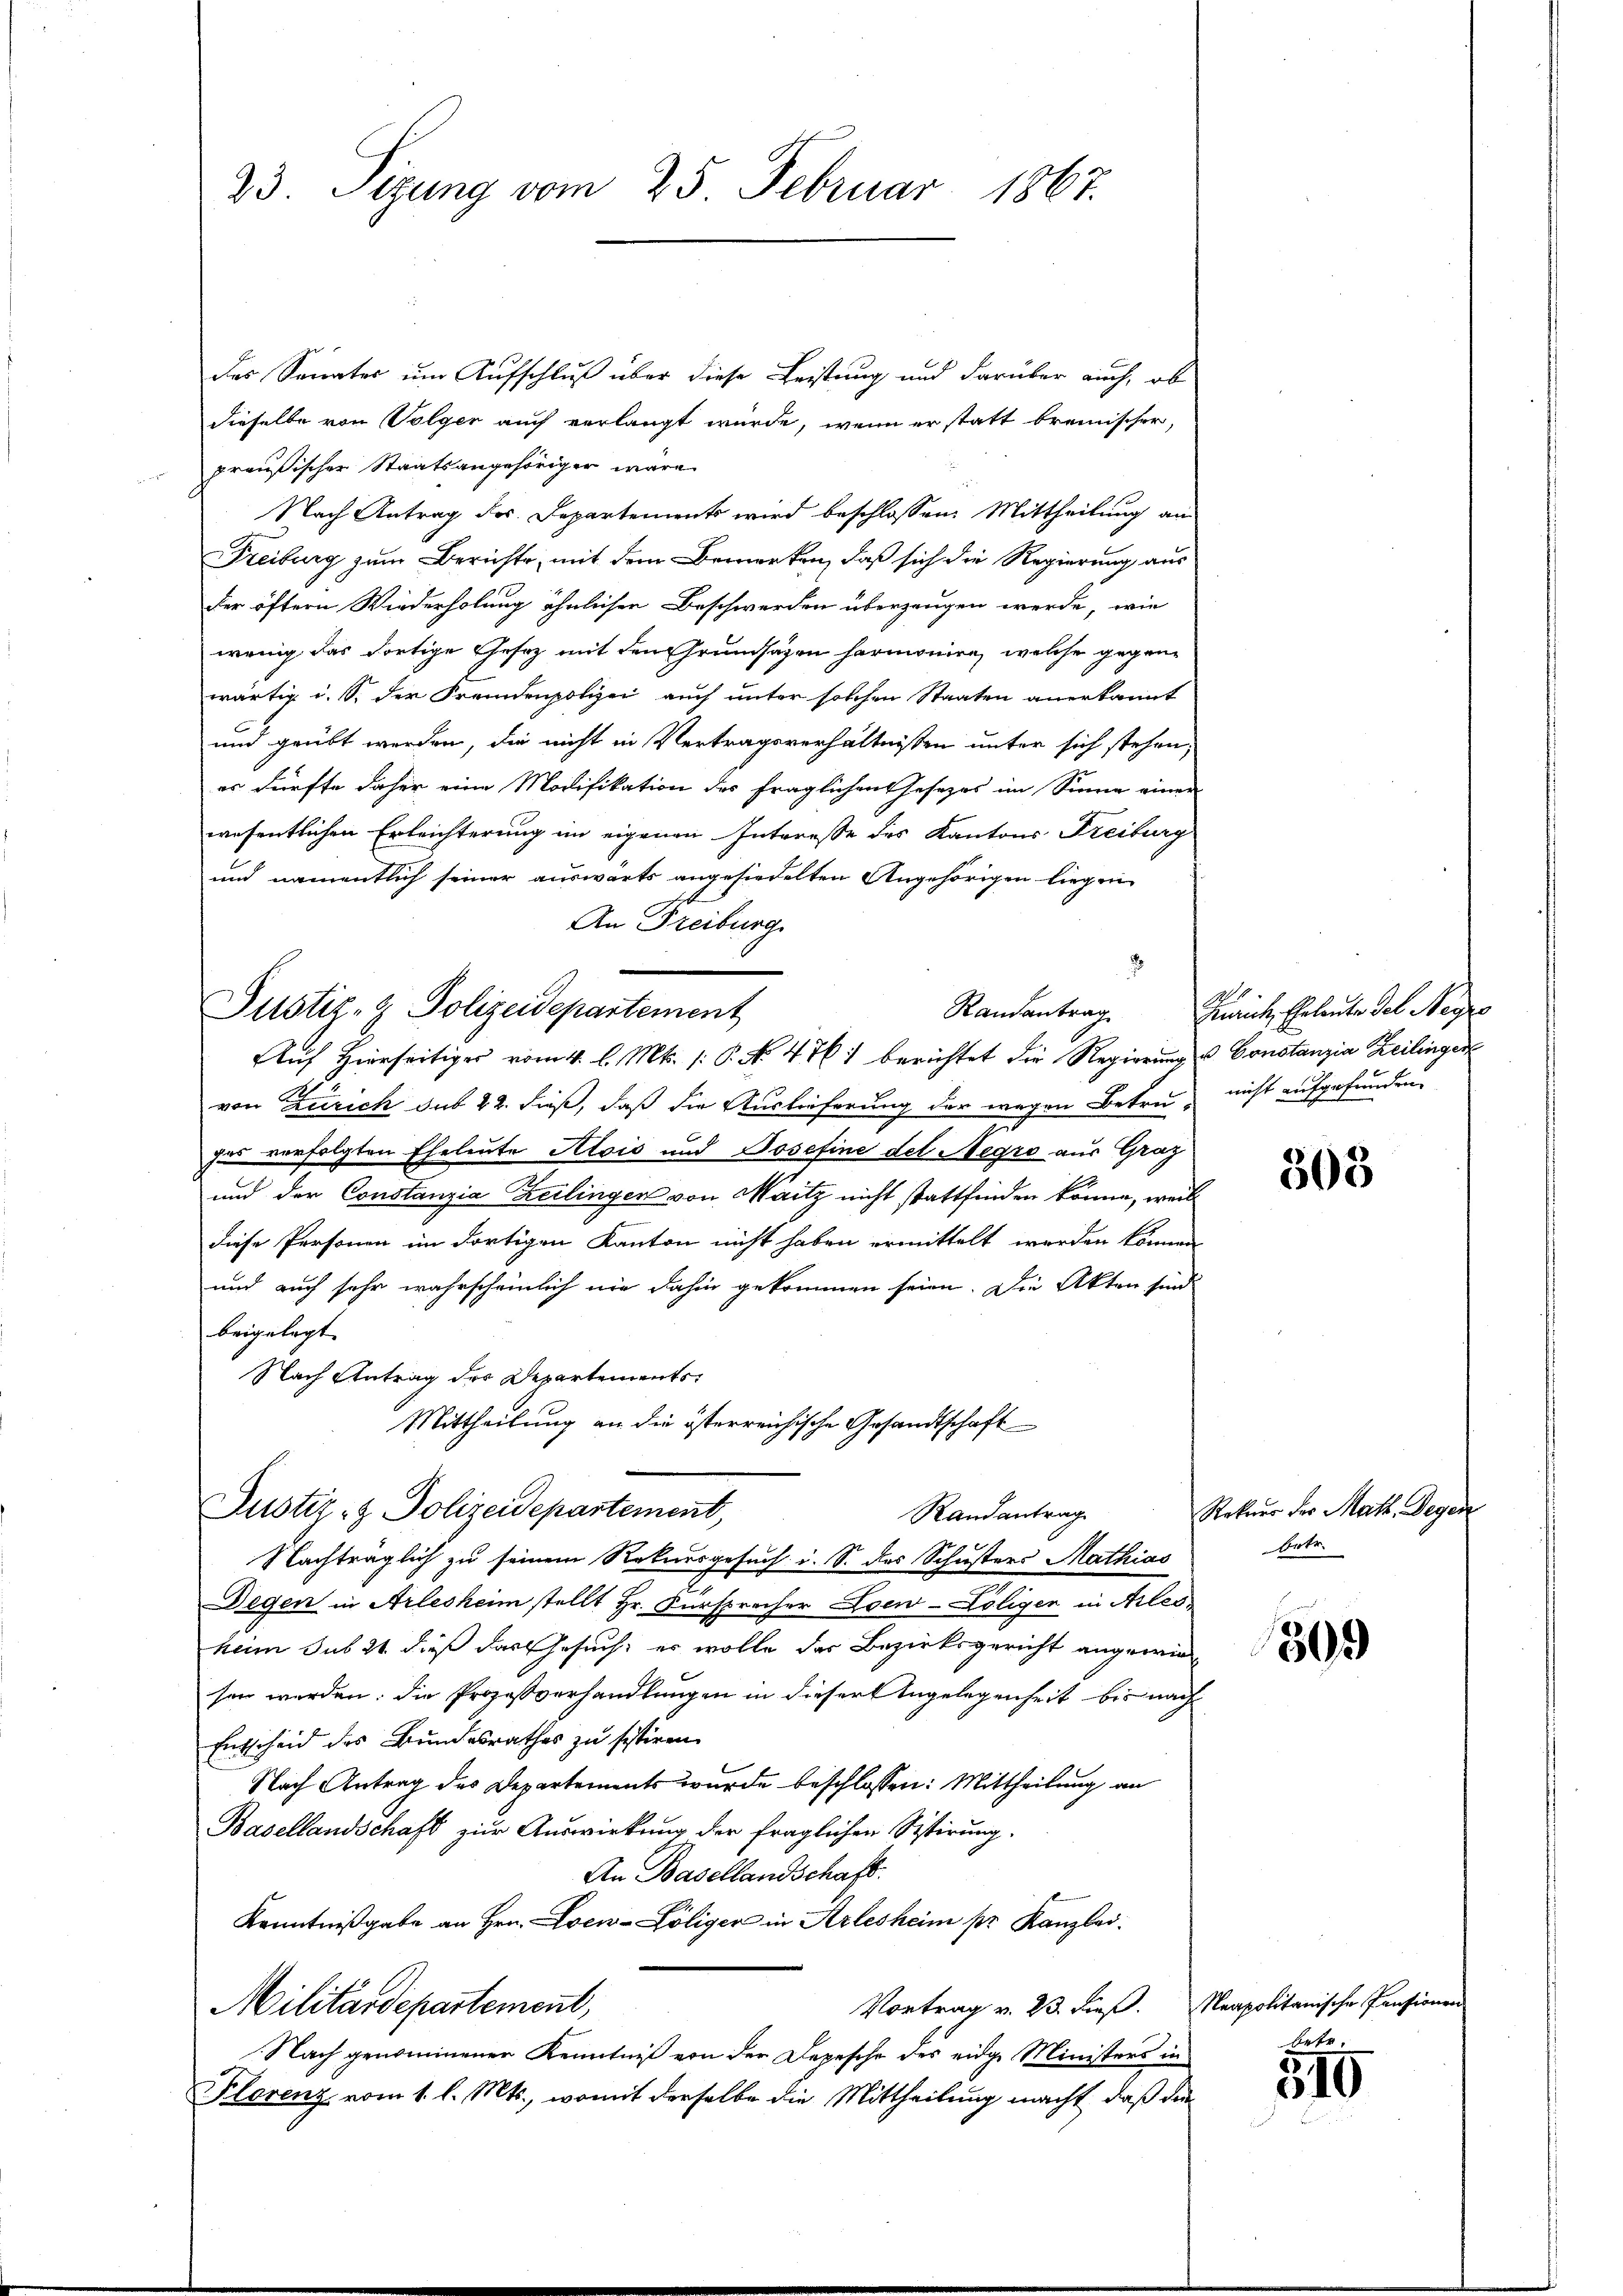
23 Sizung vom 25. Februar 1867.

das Senates um Aufschluß über diese Leistung und darüber auch, ob
dieselbe von Volger auch verlangt wurde, wenn er statt brennischer,
preußischer Staatsangehöriger wäre
Nach Antrag des Departements wird beschlossen: Mittheilung an
Freiburg zum Berichte, mit dem Bemerken, daß sich die Regierung aus
der öftern Wiederholung ähnlichen Beschwerden überzeugen werde, wie
wenig das dortige Gesez mit den Grundsägen harmonire, welche gegenwärtig i. S. der Fremdenpolizei auch unter solchen Staaten anerkannt
und geübt werden, die nicht in Vertragsverhältnissen unter sich stehen,
es dürfte daher eine Modifikation des fraglichen Gesezes im Sinne einer
wesentlichen Erleichterung im eigenen Interesse des Kantons Freiburg
und namentlich seiner auswärts angesiedelten Angehörigen liegen
An Freiburg
x
Justiz- & Polizeidepartement
Randantrag
Auf Hierseitiger vom 4. l. Mts. (: P. No 476. berichtet die Regierung u Constanzia Heilingert
von Zürich sub 22. dieß, daß die Auslieferung der wegen Betrui, nicht aufgefunden,
gas verfolgten Eheleute Alois und Josefine del Negro aus Graz
und der Constanzia Keilingen von Maitz nicht stattfinden könne, weil
diese Personen im dortigen Kanton nicht haben ermittelt werden können
und auch sehr wahrscheinlich nie dahin gekommen seien. Die Akten sind
beigelegt.
Nach Antrag des Departements¬
Mittheilung an die österreichische Gesandtschaft
Justiz- & Polizeidepartement,
Randantrag
Nachträglich zu seinem Rekursgesuch i. S. des Schusters Mathias
Degen in Arlesheim stellt Hr. Fürsprecher Loen-Loligen in Arles
heim sub 21 dieß das Gesuch, er wolle des Bezirksgericht angewin
sen werden. Die Prozeßverhandlungen in dieser Angelegenheit bis nach
Entscheid des Bundesrathes zu sistiren.
Nach Antrag des Departements wurde beschlossen: Mittheilung an
Basellandschaft zur Auswirkung der fraglichen Sistirung.
An Basellandschaft.
Kenntnißgabe an Hrn. Loew-Löliger in Arlesheim pr. Kanzlei.
Vortrag v. 23. dieβ. Neapolitanische Pensionen
Militärdepartement,
Nach genommener Kenntniß von der Depesche des eidge Ministers in
Florenz vom 1. l. Mts., womit derselbe die Mittheilung macht, daß die

Maicte, Eheleute des Negre

300

Rekurs der Matt. Degen
betr.

309

betr.

510